Annual report on the working of the mental hospitals in the Madras Presidency - 1912-1932
Year: 1912
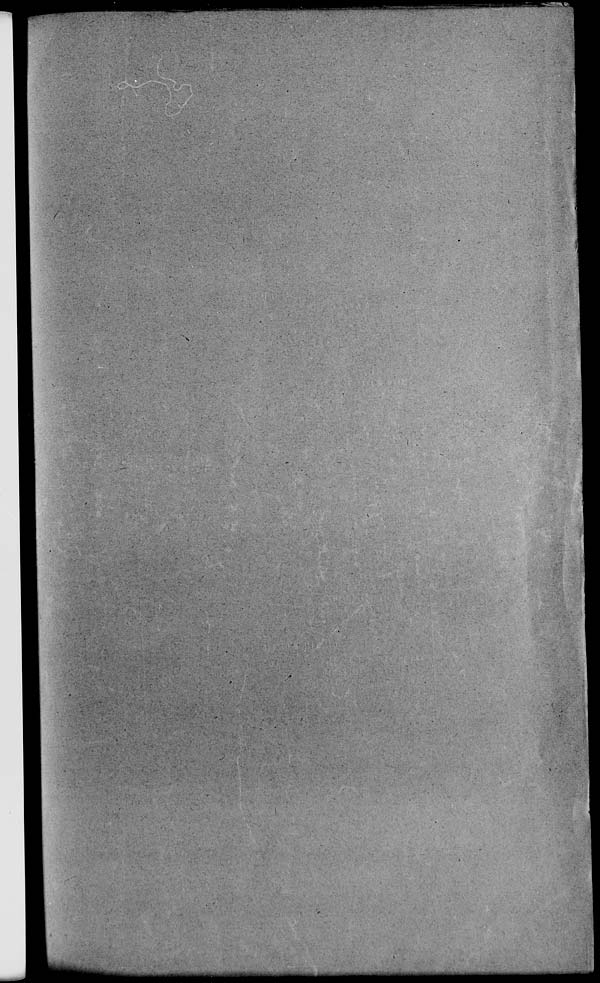
-